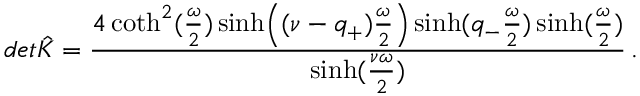
d e t \hat { K } = { \frac { 4 \coth ^ { 2 } ( { \frac { \omega } { 2 } } ) \sinh \Bigl ( ( \nu - q _ { + } ) { \frac { \omega } { 2 } } \Bigr ) \sinh ( q _ { - } { \frac { \omega } { 2 } } ) \sinh ( { \frac { \omega } { 2 } } ) } { \sinh ( { \frac { \nu \omega } { 2 } } ) } } \, .